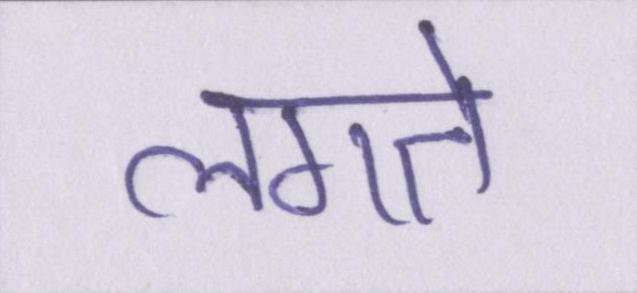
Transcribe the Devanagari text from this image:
लगते